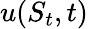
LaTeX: u(S_{t},t)